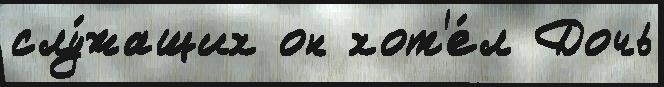
слу́жащих он хот'е́л Дочь